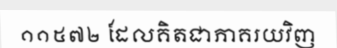
១១៥៧២ ដែលគិតជាភាគរយវិញ